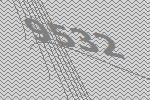
9532